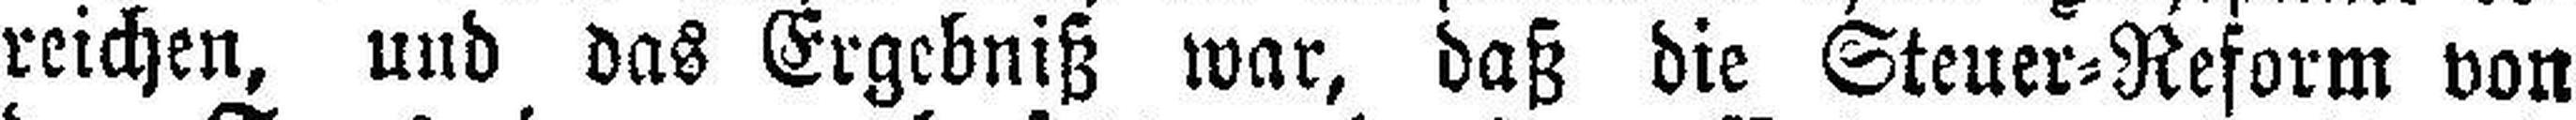
reichen, und das Ergebniß war, daß die Steuer=Reform von